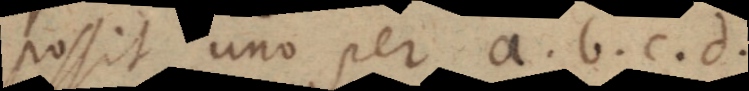
possit, uno per a, b, c, d,